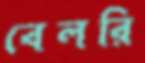
বেলরি